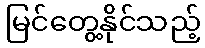
မြင်တွေ့နိုင်သည့်